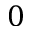
0